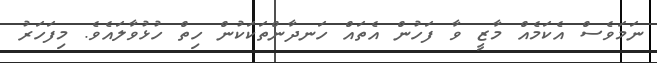
ނަމަވެސް އެކަމެއް މާޒީ ވާ ފަހުން އެތައް ހަނދާންތަކަކުން ހިތް ހުޅުވާލައެވެ. މިފަހަރު